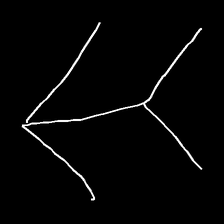
Glyph: gather